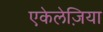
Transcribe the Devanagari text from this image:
एकेलेज़िया